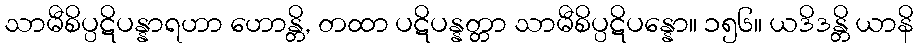
သာမီစိပ္ပဋိပန္နာရဟာ ဟောန္တိ, တထာ ပဋိပန္နတ္တာ သာမီစိပ္ပဋိပန္နော။ ၁၅၆။ ယဒိဒန္တိ ယာနိ